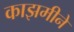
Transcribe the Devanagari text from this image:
काझमीने